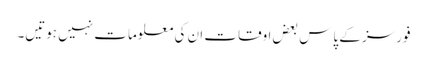
فورسز کے پاس بعض اوقات ان کی معلومات نہیں ہوتیں۔